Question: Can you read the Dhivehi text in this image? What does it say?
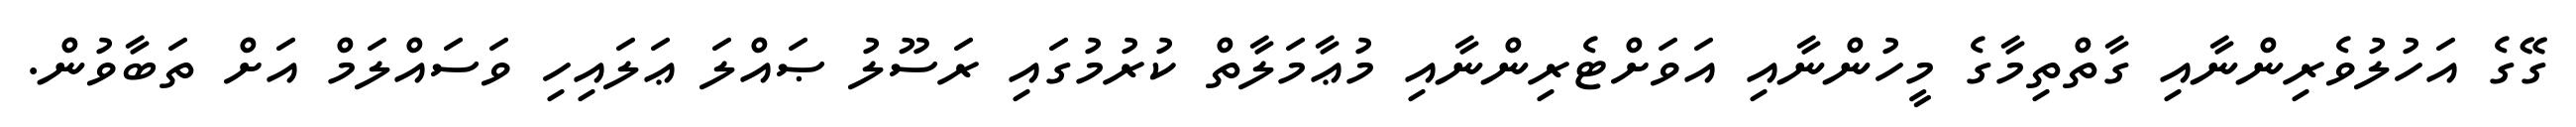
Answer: ގޭގެ އަހުލުވެރިންނާއި ގާތްތިމާގެ މީހުންނާއި އަވަށްޓެރިންނާއި މުޢާމަލާތް ކުރުމުގައި ރަސޫލު ޞައްލަ ޢަލައިހި ވަސައްލަމް އަށް ތަބާވުން.